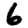
Digit: 6